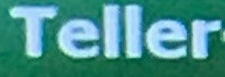
Teller